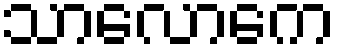
သာလောကေ